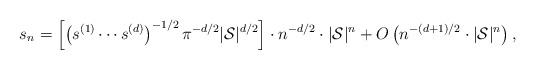
\begin{align*} s_n = \left[ \left(s^{(1)} \cdots s^{(d)}\right)^{-1/2} \pi^{-d/2} |\mathcal{S}|^{d/2}\right] \cdot n^{-d/2} \cdot |\mathcal{S}|^n + O\left( n^{-(d+1)/2} \cdot |\mathcal{S}|^n \right),\end{align*}